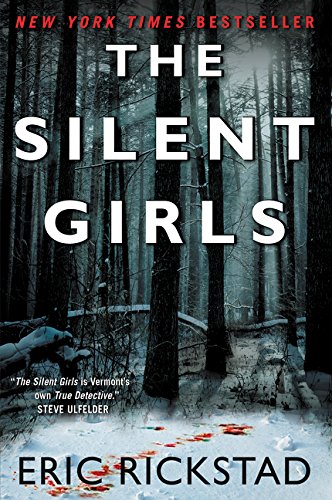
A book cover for The Silent Girls; Eric Rickstad; Mystery, Thriller & Suspense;